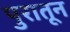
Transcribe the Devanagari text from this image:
पुरातून